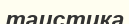
таистика